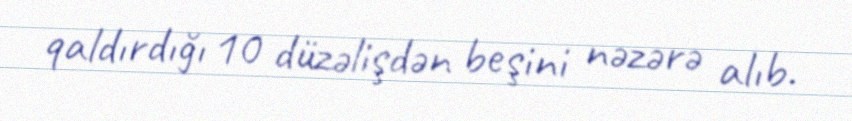
qaldırdığı 10 düzəlişdən beşini nəzərə alıb.